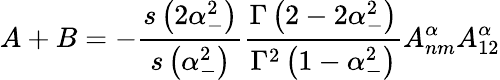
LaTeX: A+B=-\frac{s\left(2\alpha_{-}^{2}\right)}{s\left(\alpha_{-}^{2}\right)}\frac{\Gamma\left(2-2\alpha_{-}^{2}\right)}{\Gamma^{2}\left(1-\alpha_{-}^{2}\right)}A_{nm}^{\alpha}A_{12}^{\alpha}